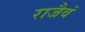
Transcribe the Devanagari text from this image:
राजैवं